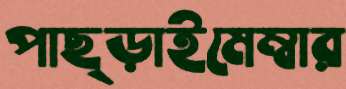
পাছ্‌ড়াইমেম্বার